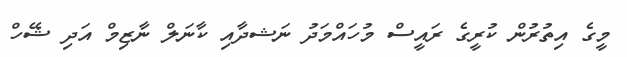
މީގެ އިތުރުން ކުރީގެ ރައީސް މުހައްމަދު ނަޝދާއި ކާނަލް ނާޒިމް އަދި ޝޭހް